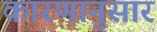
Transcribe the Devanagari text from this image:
कारणानुसार